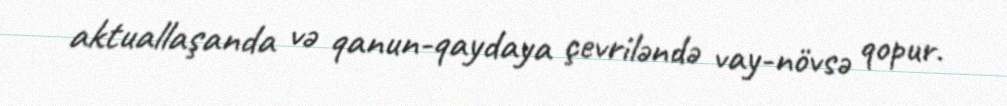
aktuallaşanda və qanun-qaydaya çevriləndə vay-növsə qopur.